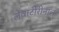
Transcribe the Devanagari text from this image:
लेवार्टीरीनाल